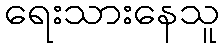
ရေးသားနေသူ